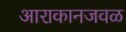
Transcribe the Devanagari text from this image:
आराकानजवळ